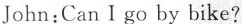
John:Can I go by bike?